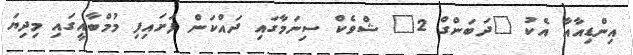
އިންޑިއާއާ އެކު "ދަބަންގް 2" ޝްވެކް ސިނަމާގައި ދައްކަން ފަށައިފި މުމްބާއީގައި މިދިޔަ